Civil Veterinary Dept. Bombay admin report 1907-1913 - 1907-1913
Year: 1907
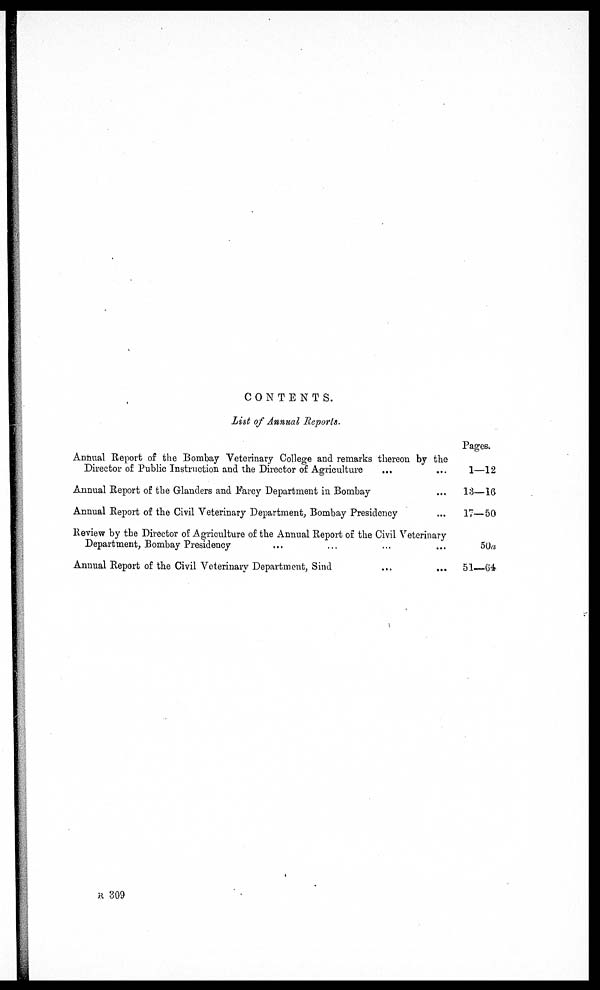
CONTENTS.
List of Annual Reports.
Annual Report of the Bombay Veterinary College and remarks thereon by the
Director of Public Instruction and the Director of Agriculture ... ...
Annual Report of the Glanders and Farcy Department in Bombay ...
Annual Report of the Civil Veterinary Department, Bombay Presidency ...
Review by the Director of Agriculture of the Annual Report of the Civil Veterinary
Department, Bombay Presidency ... ... ... ...
Annual Report of the Civil Veterinary Department, Sind ... ...
Pages.
1—12
13—16
17—50
50a
51—64
R 309